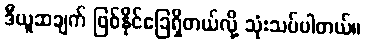
ဒီယူဆချက် ဖြစ်နိုင်ခြေရှိတယ်လို့ သုံးသပ်ပါတယ်။